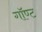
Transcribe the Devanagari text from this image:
गॉण्ट